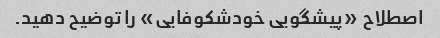
اصطلاح «پیشگویی خودشکوفایی» را توضیح دهید.